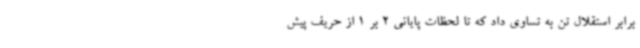
برابر استقلال تن به تساوی داد که تا لحظات پایانی 2 بر 1 از حریف پیش